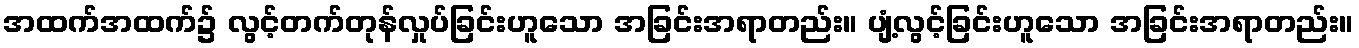
အထက်အထက်၌ လွင့်တက်တုန်လှုပ်ခြင်းဟူသော အခြင်းအရာတည်း။ ပျံ့လွင့်ခြင်းဟူသော အခြင်းအရာတည်း။